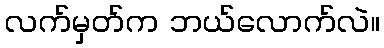
လက်မှတ်က ဘယ်လောက်လဲ။